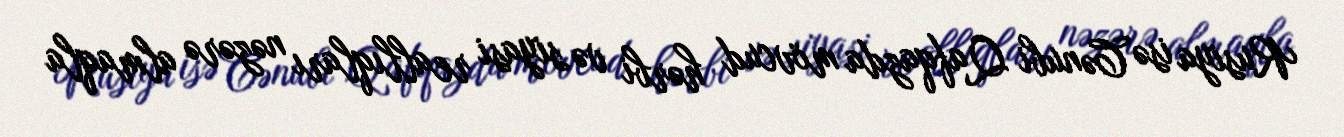
Rusiya isə Cənubi Qafqazda mövcud hərbi və siyasi reallıqları nəzərə almaqla